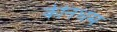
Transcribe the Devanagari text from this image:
कीनधम